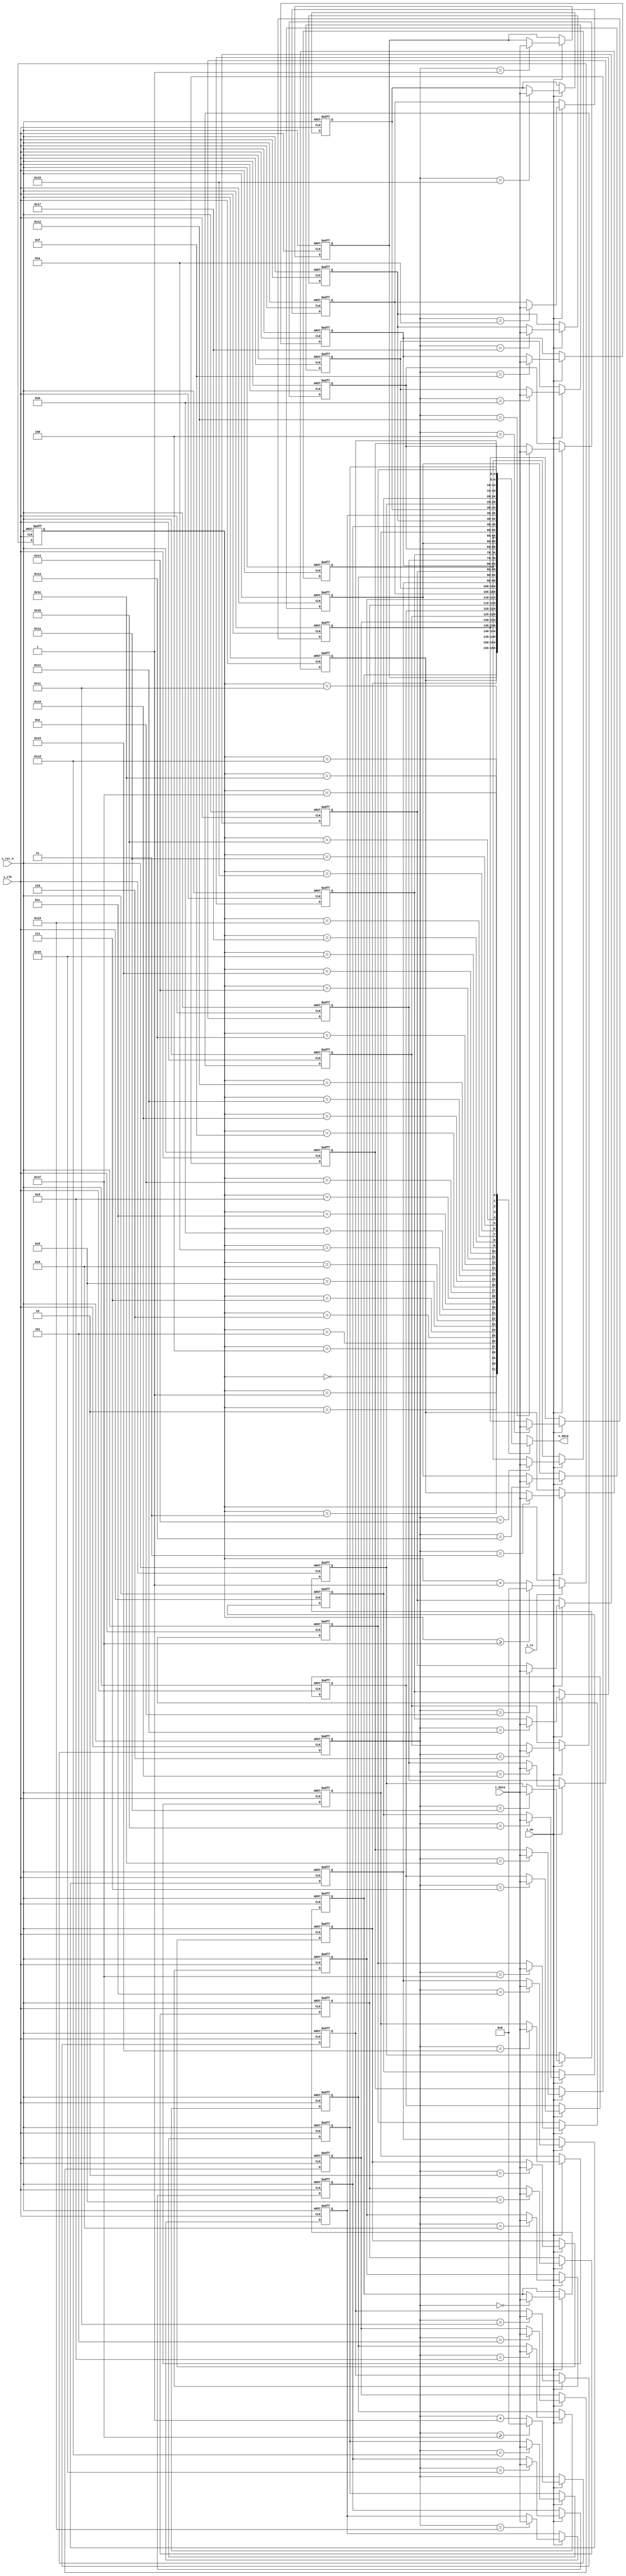
module freelist #(parameter WIDTH = 5, SIZE = 2 ** WIDTH, STNUM = 0)
                (output [WIDTH-1:0] o_data,
                 input  [WIDTH-1:0] i_data,
                 input              i_re,
                 input              i_we,
                 input              i_rst_n,
                 input              i_clk);
integer i;

reg [WIDTH-1:0] head, tail;
reg [WIDTH-1:0] data[0:SIZE-1]; 

always @(posedge i_clk, negedge i_rst_n)
begin
	if (!i_rst_n) begin
		head <= { WIDTH{1'b0} };
		tail <= { WIDTH{1'b0} };
		for (i = 0; i < SIZE; i = i + 1) begin
			data[i] <= i + STNUM;
		end
	end else begin
		if (i_re) begin
			if (head >= SIZE - 1)
				head <= { WIDTH{1'b0} };
			else
				head <= head + 1;
		end

		if (i_we) begin
			if (tail >= SIZE - 1)
				tail <= { WIDTH{1'b0} };
			else
				tail <= tail + 1;

			data[tail] <= i_data;
		end
	end
end

assign o_data = data[head];

endmodule